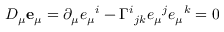
D _ { \mu } { \bf e } _ { \mu } = \partial _ { \mu } e _ { \mu } { } ^ { i } - \Gamma ^ { i } { } _ { j k } e _ { \mu } { } ^ { j } e _ { \mu } { } ^ { k } = 0